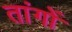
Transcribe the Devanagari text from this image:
तांगों